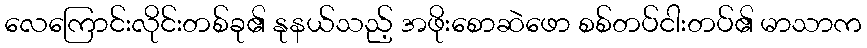
လေကြောင်းလိုင်းတစ်ခု၏ နုနယ်သည့် အဖိုးစောဆဲဖော စစ်တပ်ငါးတပ်၏ မာသာက